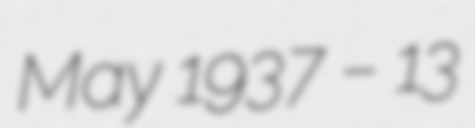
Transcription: May 1937 – 13